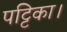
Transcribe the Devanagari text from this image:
पट्टिका।